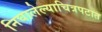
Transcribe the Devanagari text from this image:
निघालेल्याचित्रपटात